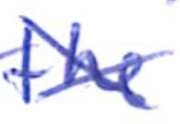
Text: the
Cross-out: cross
Writing tool: ballpoint